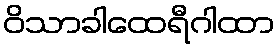
ဝိသာခါထေရီဂါထာ